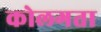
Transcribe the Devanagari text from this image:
कोलगता